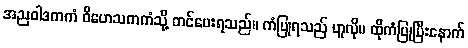
အညဝါဒကကံ ဝိဟေသကကံသို့ တင်ပေးရသည်။ ကံပြုရသည် ဟူလို။ ထိုကံပြုပြီးနောက်